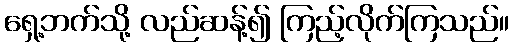
ရှေ့ဘက်သို့ လည်ဆန့်၍ ကြည့်လိုက်ကြသည်။